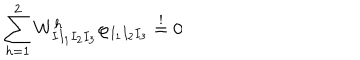
LaTeX: \sum _ { h = 1 } ^ { 2 } W _ { I I _ { 1 } I _ { 2 } I _ { 3 } } ^ { h } \varphi _ { I _ { 1 } I _ { 2 } I _ { 3 } } \stackrel { ! } { = } 0